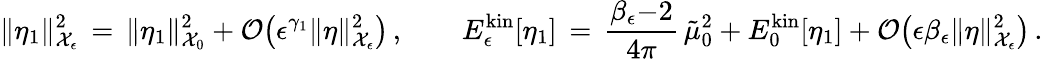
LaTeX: \| \eta_{1}\| _{\mathcal{X}_{\epsilon}}^{2}\, =\, \| \eta_{1}\| _{\mathcal{X}_{0}}^{2}+\mathcal{O}\bigl(\epsilon^{\gamma_{1}}\| \eta\| _{\mathcal{X}_{\epsilon}}^{2}\bigr)\, ,\qquad E_{\epsilon}^{\mathrm{kin}}[\eta_{1}]\, =\, \frac{\beta_{\epsilon}{-}2}{4\pi}\, \tilde{\mu}_{0}^{2}+E_{0}^{\mathrm{kin}}[\eta_{1}]+\mathcal{O}\bigl(\epsilon\beta_{\epsilon}\| \eta\| _{\mathcal{X}_{\epsilon}}^{2}\bigr)\, .